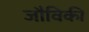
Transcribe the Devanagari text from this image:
जौविकी